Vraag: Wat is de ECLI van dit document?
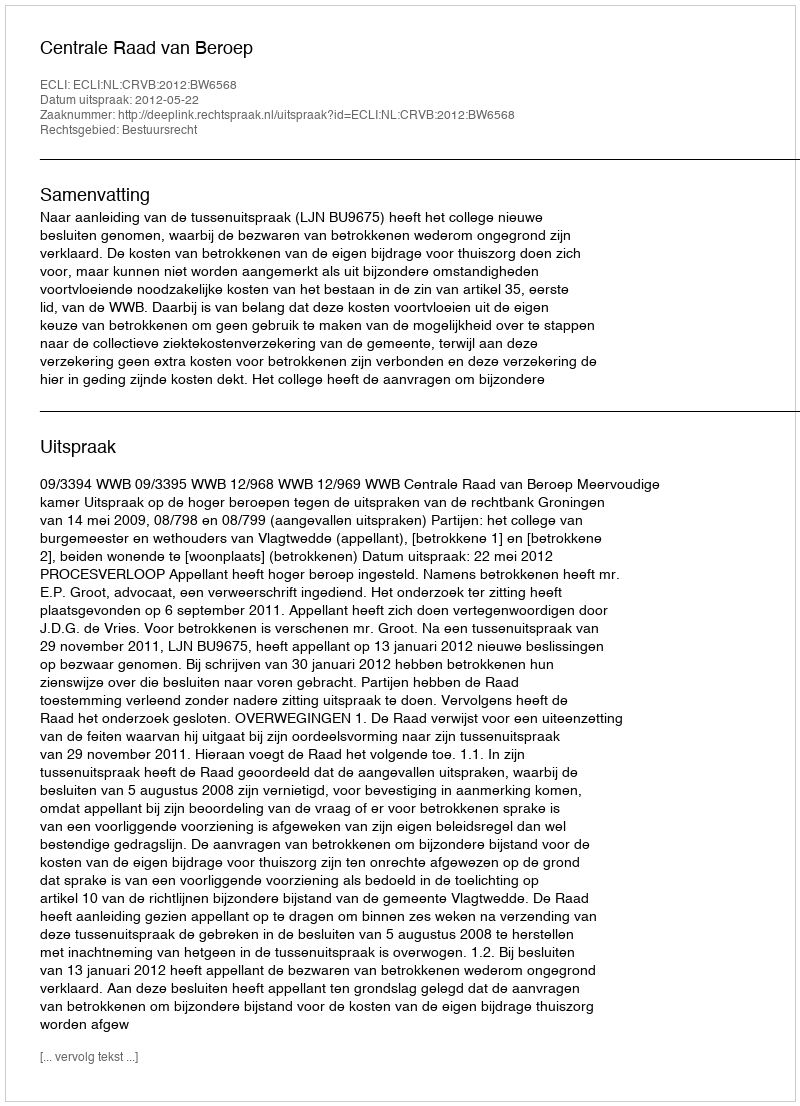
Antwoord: ECLI:NL:CRVB:2012:BW6568